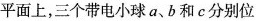
平面上，三个带电小球a、b和c分别位